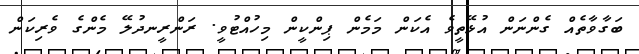
ބަގާވާތެއް ގެންނަން އުޅޭތީވެ އެކަން މަމެން ޕިންކީން މިހުއްޓުވީ. ރަންރީނދުލޭ މެންގެ ވެރިކަން